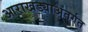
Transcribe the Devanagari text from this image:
आराखड्याअंतर्गत